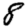
Digit: 8